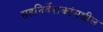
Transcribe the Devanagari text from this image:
सहनिर्देशकांमधील